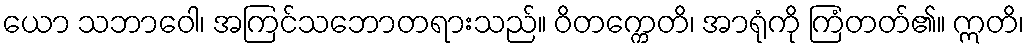
ယော သဘာဝေါ၊ အကြင်သဘောတရားသည်။ ဝိတက္ကေတိ၊ အာရုံကို ကြံတတ်၏။ ဣတိ၊